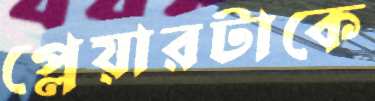
প্লেয়ারটাকে